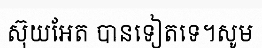
ស៊ុយអែត បានទៀតទេ។សូម